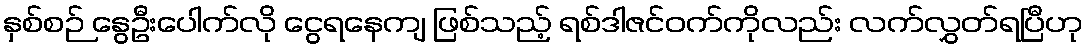
နှစ်စဉ် နွေဦးပေါက်လို ငွေရနေကျ ဖြစ်သည့် ရစ်ဒါဇင်ဝက်ကိုလည်း လက်လွှတ်ရပြီဟု